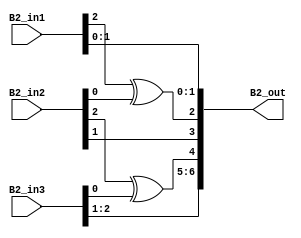
`timescale 1ns / 1ps 
//////////////////////////////////////////////////////////////////////////////////  
// Company:    
 // Engineer:   
 //  // Create Date: 25.01.2022 23:34:48 
// Design Name:     
// Module Name: overlap_module 
 // Project Name:    
// Target Devices:  
// Tool Versions:   
// Description: 
//              
// Dependencies:   
 //  
// Revision:       
 // Revision 0.01 - File Created 
// Additional Comments: 
//  
//////////////////////////////////////////////////////////////////////////////////  
    
    
module overlap_module_4bit(     
    B2_in1,                
    B2_in2,             
    B2_in3,   
    B2_out 
    );     


parameter n = 4;
    
input [n-2:0] B2_in1;   
input [n-2:0] B2_in2;    
input [n-2:0] B2_in3;    

output [2*n-2:0] B2_out;  
    


assign B2_out[0] = B2_in1[0];

assign B2_out[1] = B2_in1[1];

assign B2_out[2] = B2_in1[2]^ B2_in2[0];

assign B2_out[3] = B2_in2[1];

assign B2_out[4] = B2_in2[2]^B2_in3[0];

assign B2_out[5] = B2_in3[1];

assign B2_out[6] = B2_in3[2];

endmodule